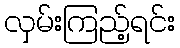
လှမ်းကြည့်ရင်း